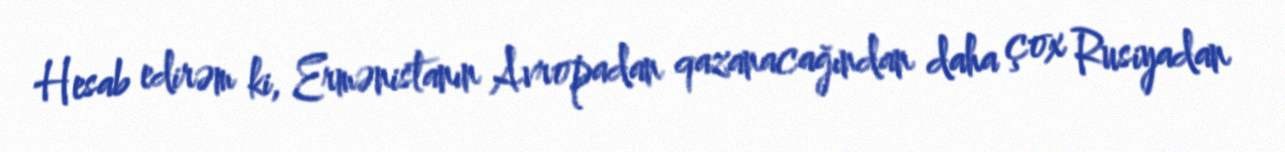
Hesab edirəm ki, Ermənistanın Avropadan qazanacağından daha çox Rusiyadan